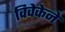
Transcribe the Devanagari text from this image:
विवेकेने